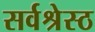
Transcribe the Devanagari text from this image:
सर्वश्रेस्ठ